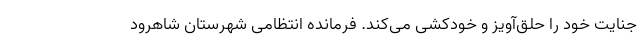
جنایت خود را حلق‌آویز و خودکشی می‌کند. فرمانده انتظامی شهرستان شاهرود